Scottish Leaving Certificate Examination, 1954
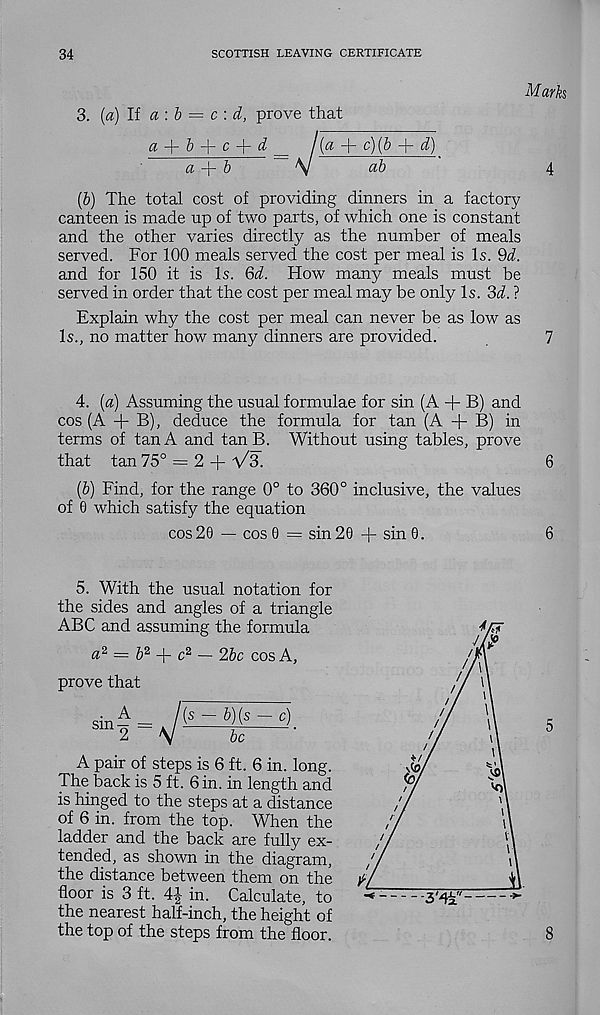
34
SCOTTISH LEAVING CERTIFICATE
3. (a)Ii a\b = c: d, prove that
u -\- b -\- c
d
j[m
c)(J)
d)
ci -h b
\j
ab
(b) The total cost of providing dinners in a factory
canteen is made up of two parts, of which one is constant
and the other varies directly as the number of meals
served. For 100 meals served the cost per meal is Is. 9d.
and for 150 it is Is. 6d. How many meals must be
served in order that the cost per meal may be only Is. 3d. ?
Explain why the cost per meal can never be as low as
Is., no matter how many dinners are provided.
7
Marks
4
4. (a) Assuming the usual formulae for sin (A + B) and
cos (A + B), deduce the formula for tan (A + B) in
terms of tan A and tan B. Without using tables, prove
that tan 75° = 2 + V3.
6
(b) Find, for the range 0° to 360° inclusive, the values
of 6 which satisfy the equation
cos 20 — cos 0 = sin 20 + sin 0.
6
5. With the usual notation for
the sides and angles of a triangle
ABC and assuming the formula
a 2 = & 2 + c 2 — 2bc cos A,
prove that
sin^ = . b s - b H s ~ c \
2
V
be
A pair of steps is 6 ft. 6 in. long.
The back is 5 ft. 6 in. in length and
is hinged to the steps at a distance
of 6 in. from the top. When the
ladder and the back are fully ex-
tended, as shown in the diagram,
the distance between them on the
floor is 3 ft. 4-| in. Calculate, to
the nearest half-inch, the height of
the top of the steps from the floor.
-3'4i"